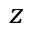
z